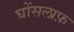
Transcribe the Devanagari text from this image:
घोंसलाफ़